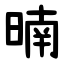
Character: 暔